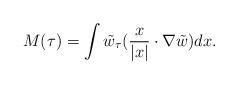
LaTeX: \begin{align*}M(\tau) = \int \tilde{w}_{\tau} (\frac{x}{|x|} \cdot \nabla \tilde{w}) dx.\end{align*}